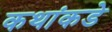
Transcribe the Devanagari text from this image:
कथांकडे